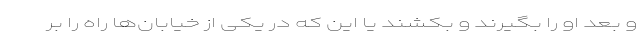
و بعد او را بگیرند و بکشند یا این که در یکی از خیابان‌ها راه را بر